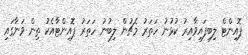
ޕޮއިންޓް ލިބިފައިވާއިރު ކުޅުނު ހަތަރު މެޗުން ލިބުނު ހަތަރު ޕޮއިންޓާއެކު ތިން ވަނާގައި